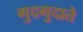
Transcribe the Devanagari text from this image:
गुदगुदाते